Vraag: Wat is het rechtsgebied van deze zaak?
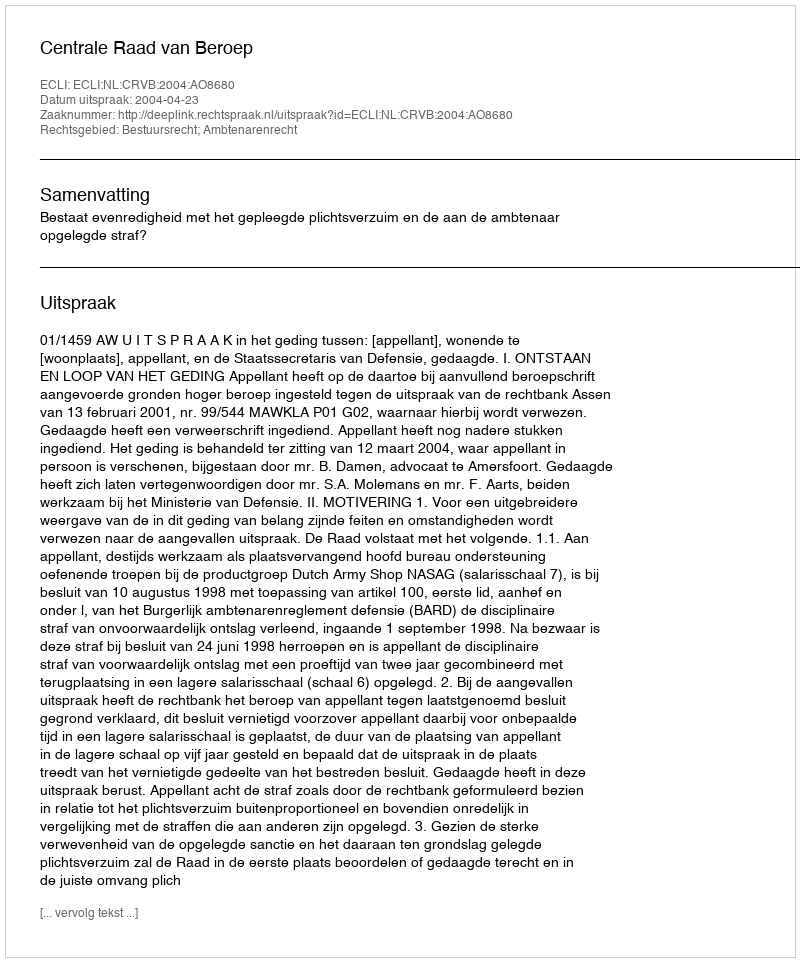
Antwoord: Bestuursrecht; Ambtenarenrecht